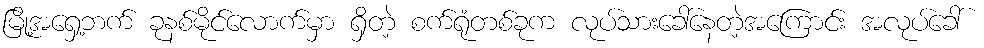
မြို့အရှေ့ဘက် ခုနစ်မိုင်လောက်မှာ ရှိတဲ့ စက်ရုံတစ်ခုက လုပ်သားခေါ်နေတဲ့အကြောင်း အလုပ်ခေါ်